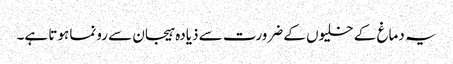
یہ دماغ کے خلیوں کے ضرورت سے ذیادہ ہیجان سے رونما ہوتا ہے۔